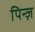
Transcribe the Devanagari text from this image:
पिन्ज़